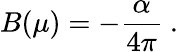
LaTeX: B(\mu)=-\frac{\alpha}{4\pi}\ .